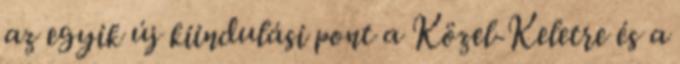
az egyik új kiindulási pont a Közel-Keletre és a